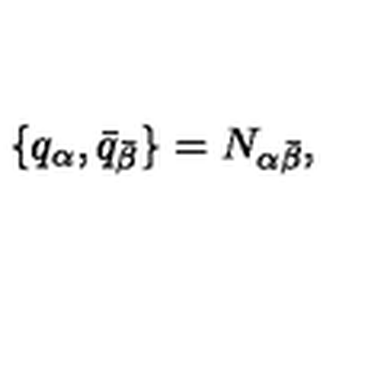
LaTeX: \{ q _ { \alpha } , \bar { q } _ { \bar { \beta } } \} = N _ { \alpha \bar { \beta } } ,